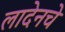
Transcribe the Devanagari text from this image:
लादेनचे